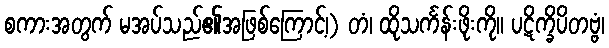
စကားအတွက် မအပ်သည်၏အဖြစ်ကြောင့်၊) တံ၊ ထိုသင်္ကန်းဖိုးကို။ ပဋိက္ခိပိတဗ္ဗံ၊